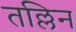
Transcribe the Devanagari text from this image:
तल्लिन